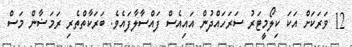
12 ވަރަކަށް އަކަ ކިލޯމީޓަރު ސަރަހައްދުން އައިއެސް ފައްސާލާފައެވެ. ބަރަކާތްތެރި ރަމަޟާން މަސް